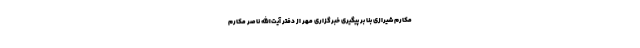
مکارم شیرازی بنا بر پیگیری خبرگزاری مهر از دفتر آیت‌الله ناصر مکارم